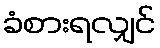
ခံစားရလျှင်